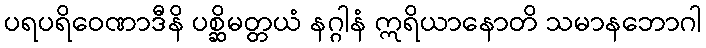
ပရပရိဝေဏာဒီနိ ပစ္ဆိမတ္တယံ နဂ္ဂါနံ ဣရိယာနောတိ သမာနဘောဂါ